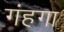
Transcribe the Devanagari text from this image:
गंहगा